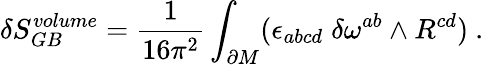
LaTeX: \delta S_{GB}^{volume}={\frac{1}{16\pi^{2}}}\int_{\partial M}(\epsilon_{abcd}\; \delta\omega^{ab}\wedge R^{cd})\ .